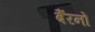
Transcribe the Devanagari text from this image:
बैंरनों